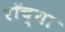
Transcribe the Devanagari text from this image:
रॉच्या